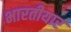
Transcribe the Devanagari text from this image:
भारतीयार